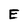
Character: E